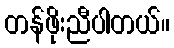
တန်ဖိုးညီပါတယ်။